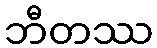
ဘီတဿ